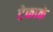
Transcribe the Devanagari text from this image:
टेकाळे